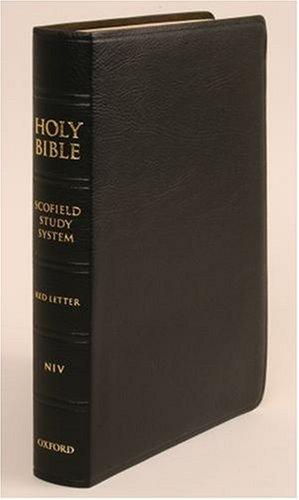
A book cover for The ScofieldÂ® Study Bible III, NIV; Christian Books & Bibles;